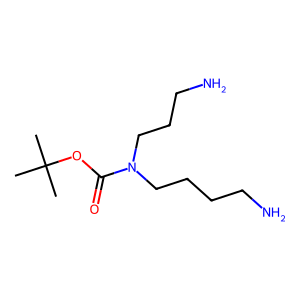
SMILES: CC(C)(C)OC(=O)N(CCCN)CCCCN
Inhibits HIV replication: No